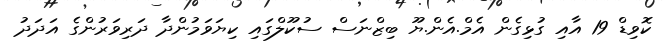
ކޮވިޑް 19 އާއި ގުޅިގެން އެމް.އެން.ޔޫ ބިޒްނަސް ސުކޫލްގައި ކިޔަވަމުންދާ ދަރިވަރުންގެ އަދަދު